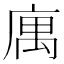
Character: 庽